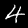
Digit: 4